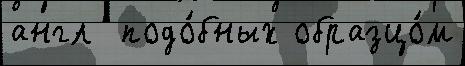
англ  подо́бных образцо́м